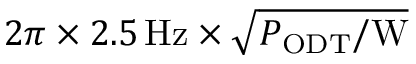
2 \pi \times 2 . 5 \, \mathrm { H z } \times \sqrt { P _ { \mathrm { O D T } } / \mathrm { W } }